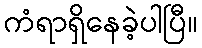
ကံရာရှိနေခဲ့ပါပြီ။